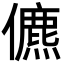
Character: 儦